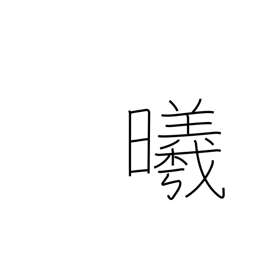
Meaning: the sun